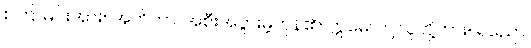
စကြာမင်းအား။ အဟိတာ၊ အစီးအပွားမဲ့ကုန်၏။ ဣမေ၊ ဤသူတို့ကား။ ရညော၊